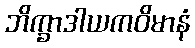
ဘိက္ခာဒါယကဝိမာနံ